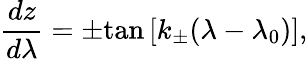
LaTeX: \frac{dz}{d\lambda}=\pm\textrm{tan}\left[k_{\pm}(\lambda-\lambda_{0})\right],